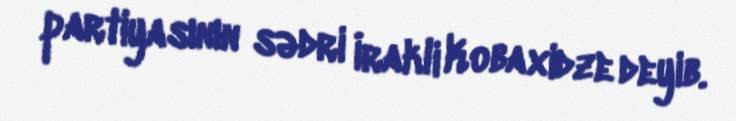
partiyasının sədri İrakli Kobaxidze deyib.